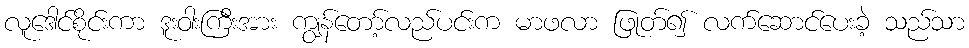
လူဒေါင်စိုင်းကာ ဒူးဝါးကြီးအား ကျွန်တော့်လည်ပင်းက မာဖလာ ဖြုတ်၍ လက်ဆောင်ပေးခဲ့ သည်သာ